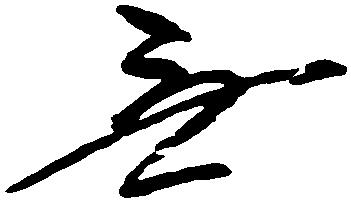
無